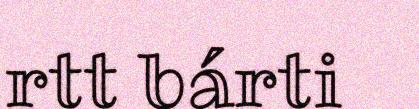
rtt bárti